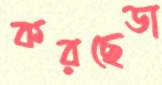
করছেডা